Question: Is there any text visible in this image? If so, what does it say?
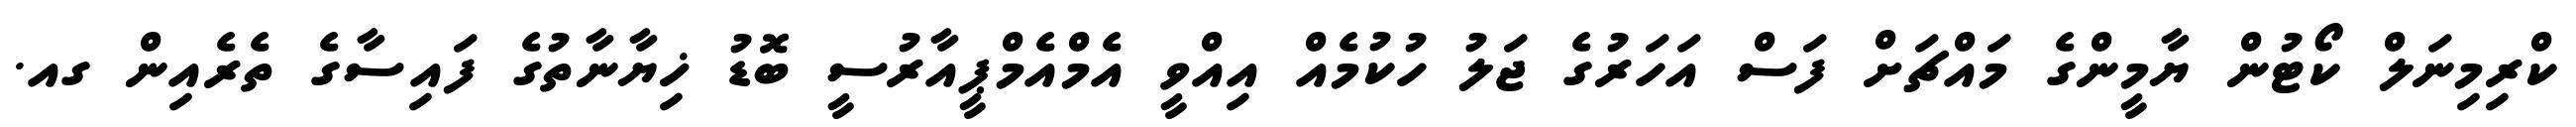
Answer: ކްރިމިނަލް ކޯޓުން ޔާމީންގެ މައްޗަށް ފަސް އަހަރުގެ ޖަލު ހުކުމެއް އިއްވީ އެމްއެމްޕީއާރުސީ ބޮޑު ޚިޔާނާތުގެ ފައިސާގެ ތެރެއިން ގއ.